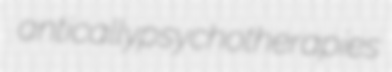
antically psychotherapies